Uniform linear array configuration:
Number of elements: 48
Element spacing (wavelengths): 0.5
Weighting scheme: uniform
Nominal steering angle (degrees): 30
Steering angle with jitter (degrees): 31.252
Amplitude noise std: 0.05
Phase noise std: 0.05

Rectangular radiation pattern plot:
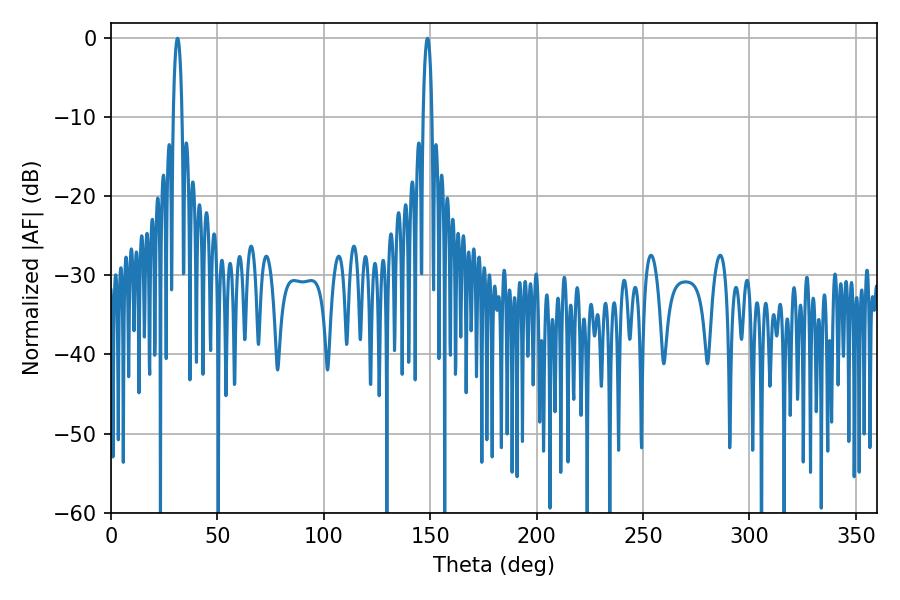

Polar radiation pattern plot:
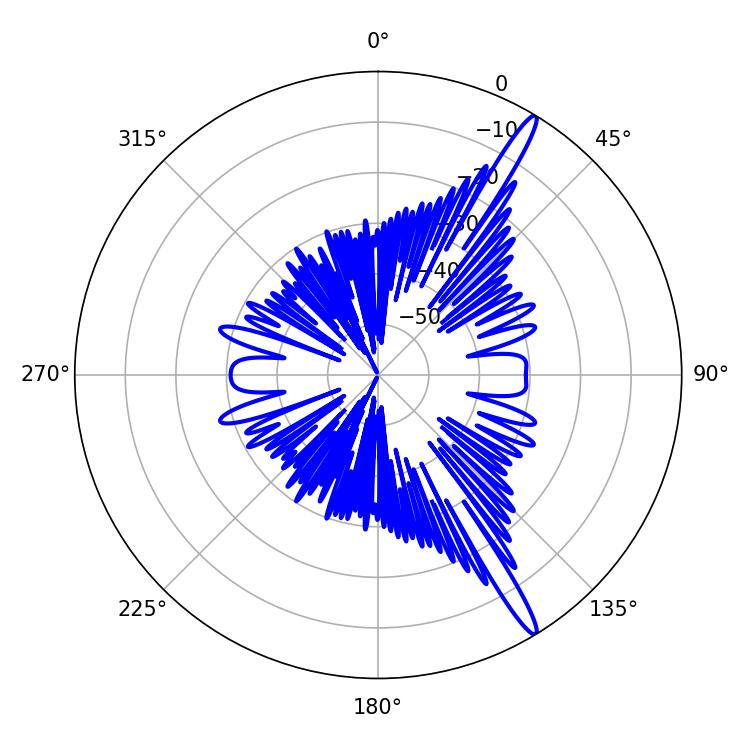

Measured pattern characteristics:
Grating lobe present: FALSE
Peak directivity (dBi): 15.997
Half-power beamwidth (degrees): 2.34
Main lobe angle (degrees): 148.68